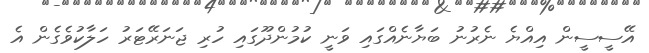
އޭސީސީން އިއްޔެ ނެރުނު ބަޔާނެއްގައި ވަނީ ކުމުންދޫގައި ހުރި ޖަނަރޭޓަރު ހަލާކުވެގެން އެ